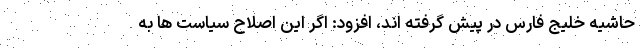
حاشیه خلیج فارس در پیش گرفته اند، افزود: اگر این اصلاح سیاست ها به